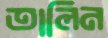
তালিন